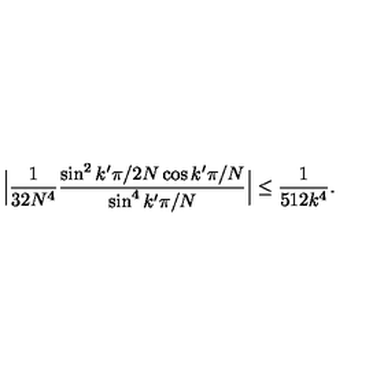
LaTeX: \Big | \frac { 1 } { 3 2 N ^ { 4 } } \frac { \sin ^ { 2 } k ^ { \prime } \pi / 2 N \cos k ^ { \prime } \pi / N } { \sin ^ { 4 } k ^ { \prime } \pi / N } \Big | \leq \frac { 1 } { 5 1 2 k ^ { 4 } } .